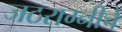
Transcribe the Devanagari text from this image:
जठराग्नीचे